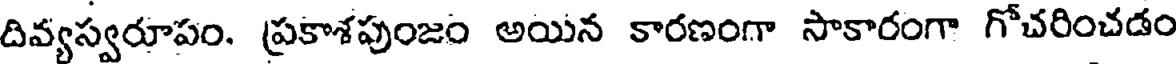
దివ్యస్వరూపం. ప్రకాశపుంజం అయిన కారణంగా సాకారంగా గోచరించడం